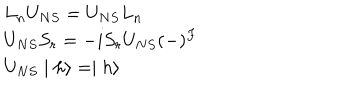
LaTeX: \begin{array} { l } { { L _ { n } U _ { N S } = U _ { N S } L _ { n } } } \\ { { U _ { N S } S _ { r } = - i S _ { r } U _ { N S } ( - ) ^ { F } } } \\ { { U _ { N S } \mid h \rangle = \mid h \rangle } } \\ \end{array}